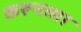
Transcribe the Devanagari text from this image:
करूनच्या